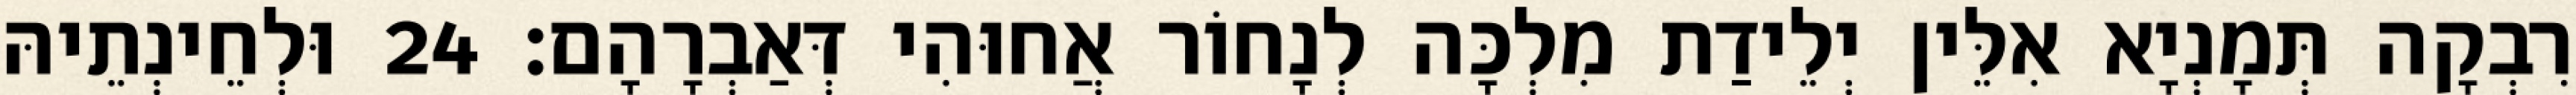
רִבְקָה תְּמָנְיָא אִלֵּין יְלֵידַת מִלְכָּה לְנָחוֹר אֲחוּהִי דְּאַבְרָהָם׃ 24 וּלְחֵינְתֵיהּ